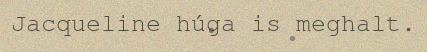
Jacqueline húga is meghalt.